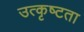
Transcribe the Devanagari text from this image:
उत्कृष्‍टता